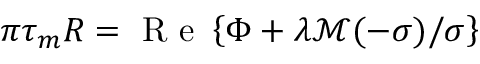
\pi \tau _ { m } R = \mathrm { ~ R ~ e ~ } \left\{ \Phi + \lambda \mathcal M ( - \sigma ) / \sigma \right\}